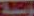
وسية